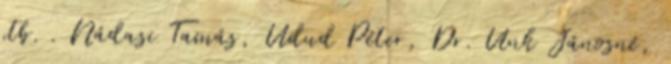
stb. . Nádasi Tamás, Udud Péter, Dr. Unk Jánosné,